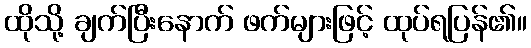
ထိုသို့ ချက်ပြီးနောက် ဖက်များဖြင့် ထုပ်ရပြန်၏။